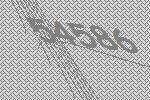
54586